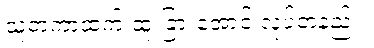
သူတကာထက် ထူးခြားအောင် လုပ်တဲ့နည်း။